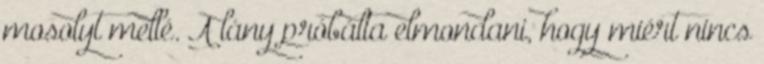
mosolyt mellé. A lány próbálta elmondani, hogy miért nincs